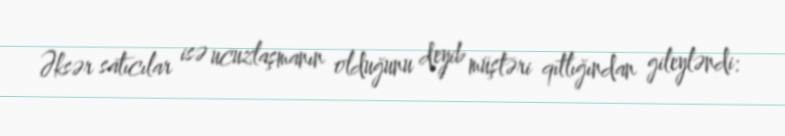
Əksər satıcılar isə ucuzlaşmanın olduğunu deyib müştəri qıtlığından gileyləndi: